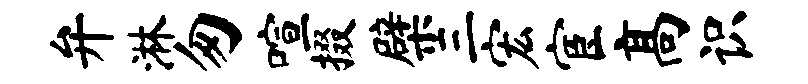
弁淋匆喧掇檗三宏宦高识